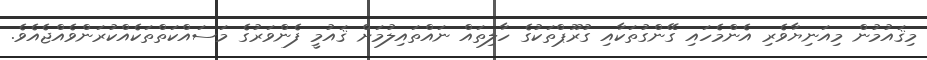
މިޤައުމުން މިއަނިޔާވެރި އެންމެހައި ގޭންގުތަކާއި ގުރޫޕްތަކުގެ ހާލިތައް ނައްތައިލުމަށް ޤައުމީ ފެންވަރުގެ މަސައްކަތްތަކެއްކުރަންވެއްޖެއެވެ.